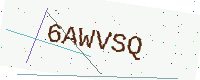
Text: 6AWVSQ